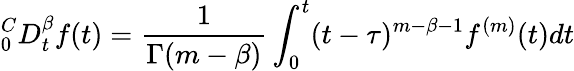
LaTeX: ^C_{0}D_{t}^{\beta}f(t)=\frac{1}{\Gamma(m-\beta)}\int_{0}^{t}(t-\tau)^{m-\beta-1}f^{(m)}(t)dt